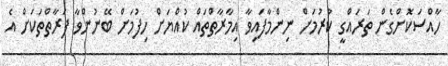
ހާއްސަކޮށްގެން ތަރައްގީ ކުރުމަށް ނިންމާފައިވާ އިމާރާތްތައް ކުއްޔަށް ހިފުމަށް ބޭނުންވާ ފަރާތްތަކަށް އެ